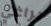
براغي